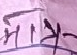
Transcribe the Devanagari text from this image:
मान्छे